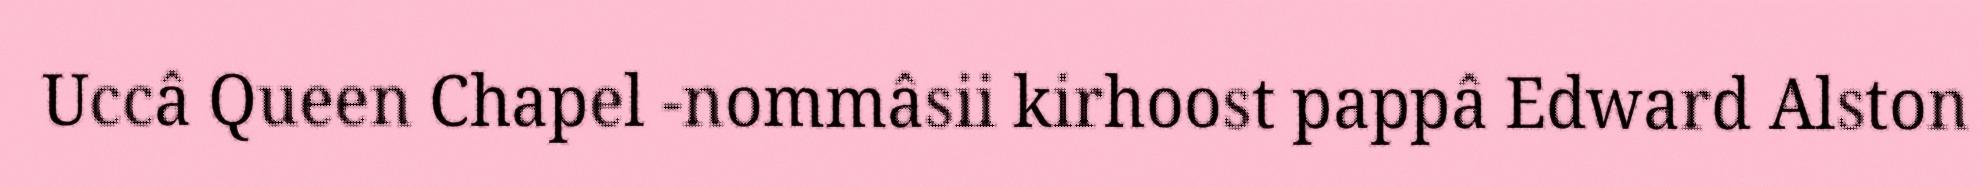
Uccâ Queen Chapel -nommâsii kirhoost pappâ Edward Alston